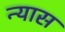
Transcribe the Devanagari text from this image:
न्‍यास